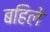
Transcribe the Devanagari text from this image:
बहिले